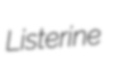
Listerine